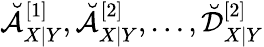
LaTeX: \breve{\mathcal{A}}_{X|Y}^{[1]},\breve{\mathcal{A}}_{X|Y}^{[2]},\dots,\breve{\mathcal{D}}_{X|Y}^{[2]}